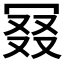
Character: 𠖎